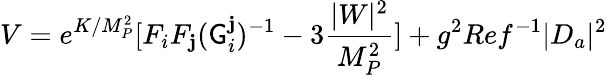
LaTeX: V=e^{K/M_{P}^{2}}[F_{i}F_{\mathbf{j}}(\mathsf{G}_{i}^{\mathbf{j}})^{-1}-3{\frac{{|W|^{2}}}{{M_{P}^{2}}}}]+g^{2}Ref^{-1}|D_{a}|^{2}